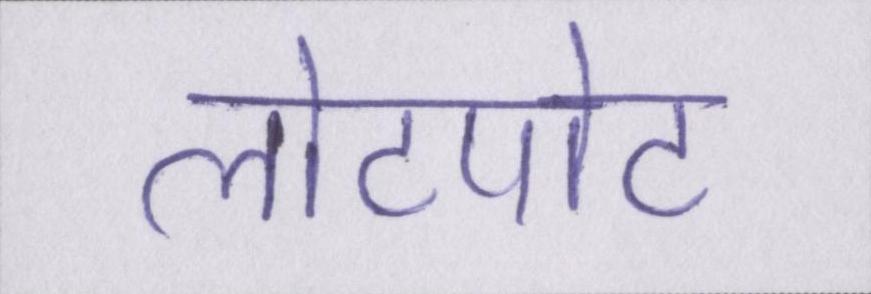
लोटपोट